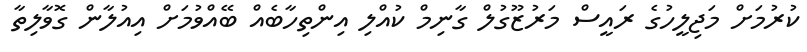
ކުރުމަށް މަޖިލީހުގެ ރައީސް މަރުޒޫގުލް ގާނިމް ކުއްލި އިންތިހާބެއް ބޭއްވުމަށް އިއުލާން ގޮވާލިތާ